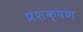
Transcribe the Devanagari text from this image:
प्रशक्षण